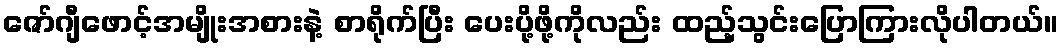
ဇော်ဂျီဖောင့်အမျိုးအစားနဲ့ စာရိုက်ပြီး ပေးပို့ဖို့ကိုလည်း ထည့်သွင်းပြောကြားလိုပါတယ်။